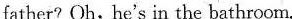
father? Oh, he's in the bathroom.